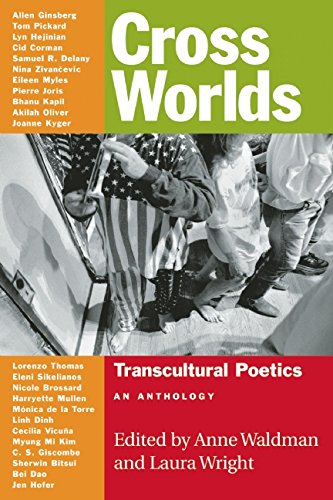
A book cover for Cross Worlds: Transcultural Poetics: An Anthology; Literature & Fiction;